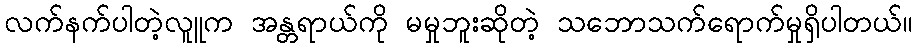
လက်နက်ပါတဲ့လူူက အန္တရာယ်ကို မမှုဘူးဆိုတဲ့ သဘောသက်ရောက်မှုရှိပါတယ်။